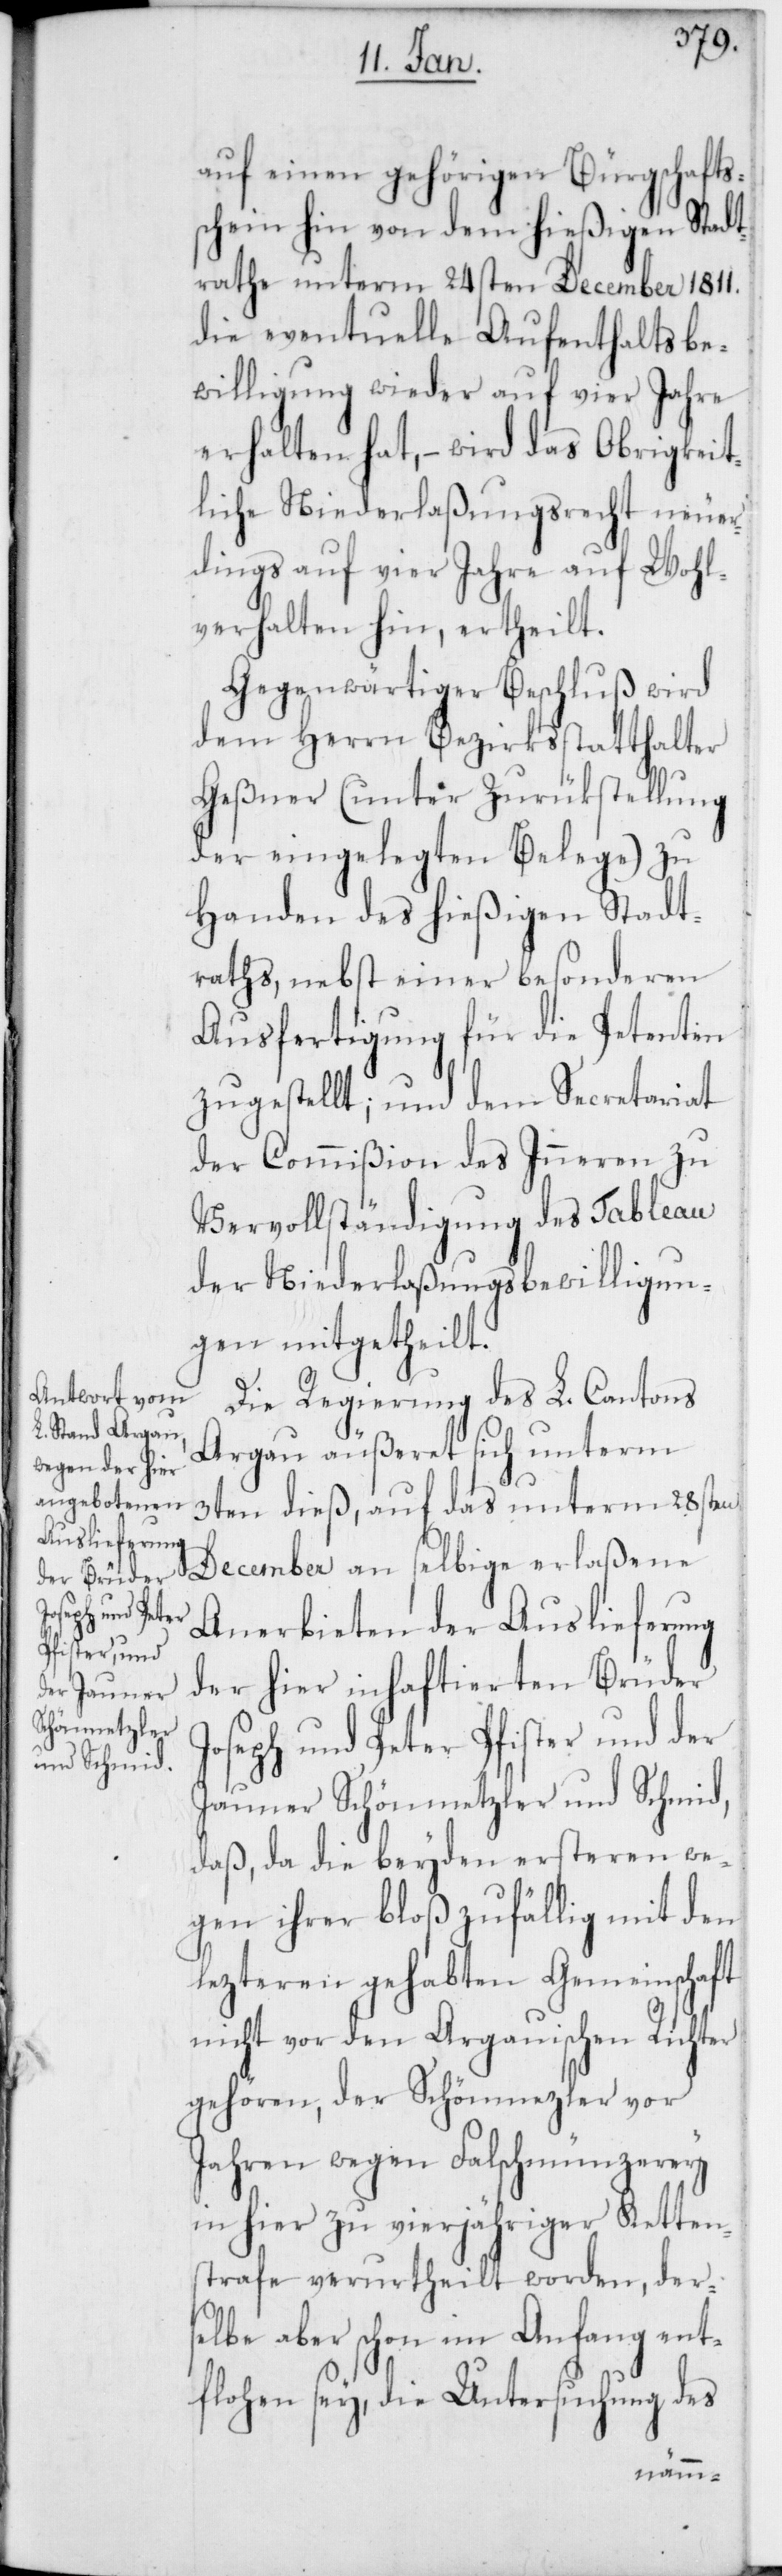
auf einen gehörigen Bürgschafts¬
schein hin von dem hießigen Stadt¬
rathe unterm 24sten December 1811.
die eventuelle Aufenthaltsbe¬
willigung wieder auf vier Jahre
erhalten hat, – wird das Obrigkeit¬
liche Niederlaßungsrecht neuer¬
dings auf vier Jahre auf Wohl¬
verhalten hin, ertheilt.
Gegenwärtiger Beschluß wird
dem Herrn Bezirksstatthalter
Geßner (unter Zurükstellung
der eingelegten Belege) zu
Handen des hießigen Stadt¬
raths, nebst einer besonderen
Ausfertigung für die Petenten
zugestellt; und dem Secretariat
der Commißion des Inneren zu
Vervollständigung des Tableau
der Niederlaßungsbewilligun¬
gen mitgetheilt.
Die Regierung des L. Cantons
Argau äußeret sich unterm
3ten dieß, auf das unterm 28sten
December an selbige erlaßene
Anerbieten der Auslieferung
der hier inhaftierten Brüder
Joseph und Peter Pfister, und der
Jauner Schönmetzler und Schmid,
daß, da die beyden ersteren we¬
gen ihrer bloß zufällig mit den
lezteren gehabten Gemeinschaft
nicht vor den Argauischen Richter
gehören, der Schönmetzler vor
Jahren wegen Falschmünzerey
in hier zu vierjähriger Ketten¬
strafe verurtheilt worden, ders¬
elbe aber schon im Anfang ent¬
flohen sey, die Untersuchung des